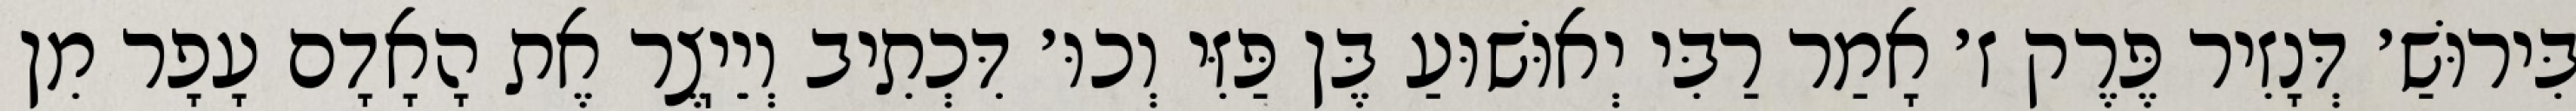
בִּירוּשַׁ׳ דְּנָזִיר פֶּרֶק ז׳ אָמַר רַבִּי יְאוּשׁוּעַ בֶּן פַּזִּי וְכוּ׳ דִּכְתִיב וְיֵיֽצֶר אֶת הָאָדָם עָפָר מִן